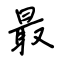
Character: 最